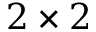
2 \times 2